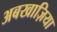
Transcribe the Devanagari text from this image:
अबखाज़िया